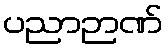
ပညာဉာဏ်